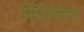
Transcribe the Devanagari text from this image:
स्प्रिंगलर